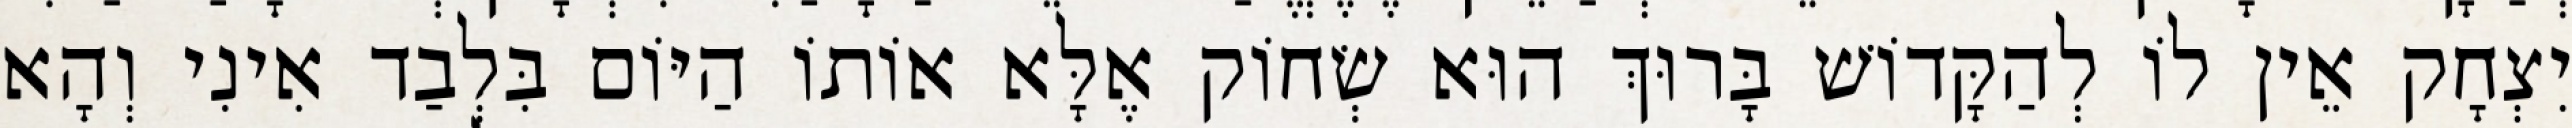
יִצְחָק אֵין לוֹ לְהַקָּדוֹשׁ בָּרוּךְ הוּא שְׂחוֹק אֶלָּא אוֹתוֹ הַיּוֹם בִּלְבַד אִינִי וְהָא